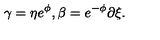
\gamma = \eta e ^ { \phi } , \beta = e ^ { - \phi } \partial \xi .